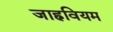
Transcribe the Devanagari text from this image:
जाह्नवियम